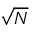
\sqrt { N }